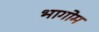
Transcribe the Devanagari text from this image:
भागोम